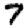
Digit: 7